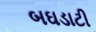
બઘડાટી